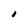
Character: I